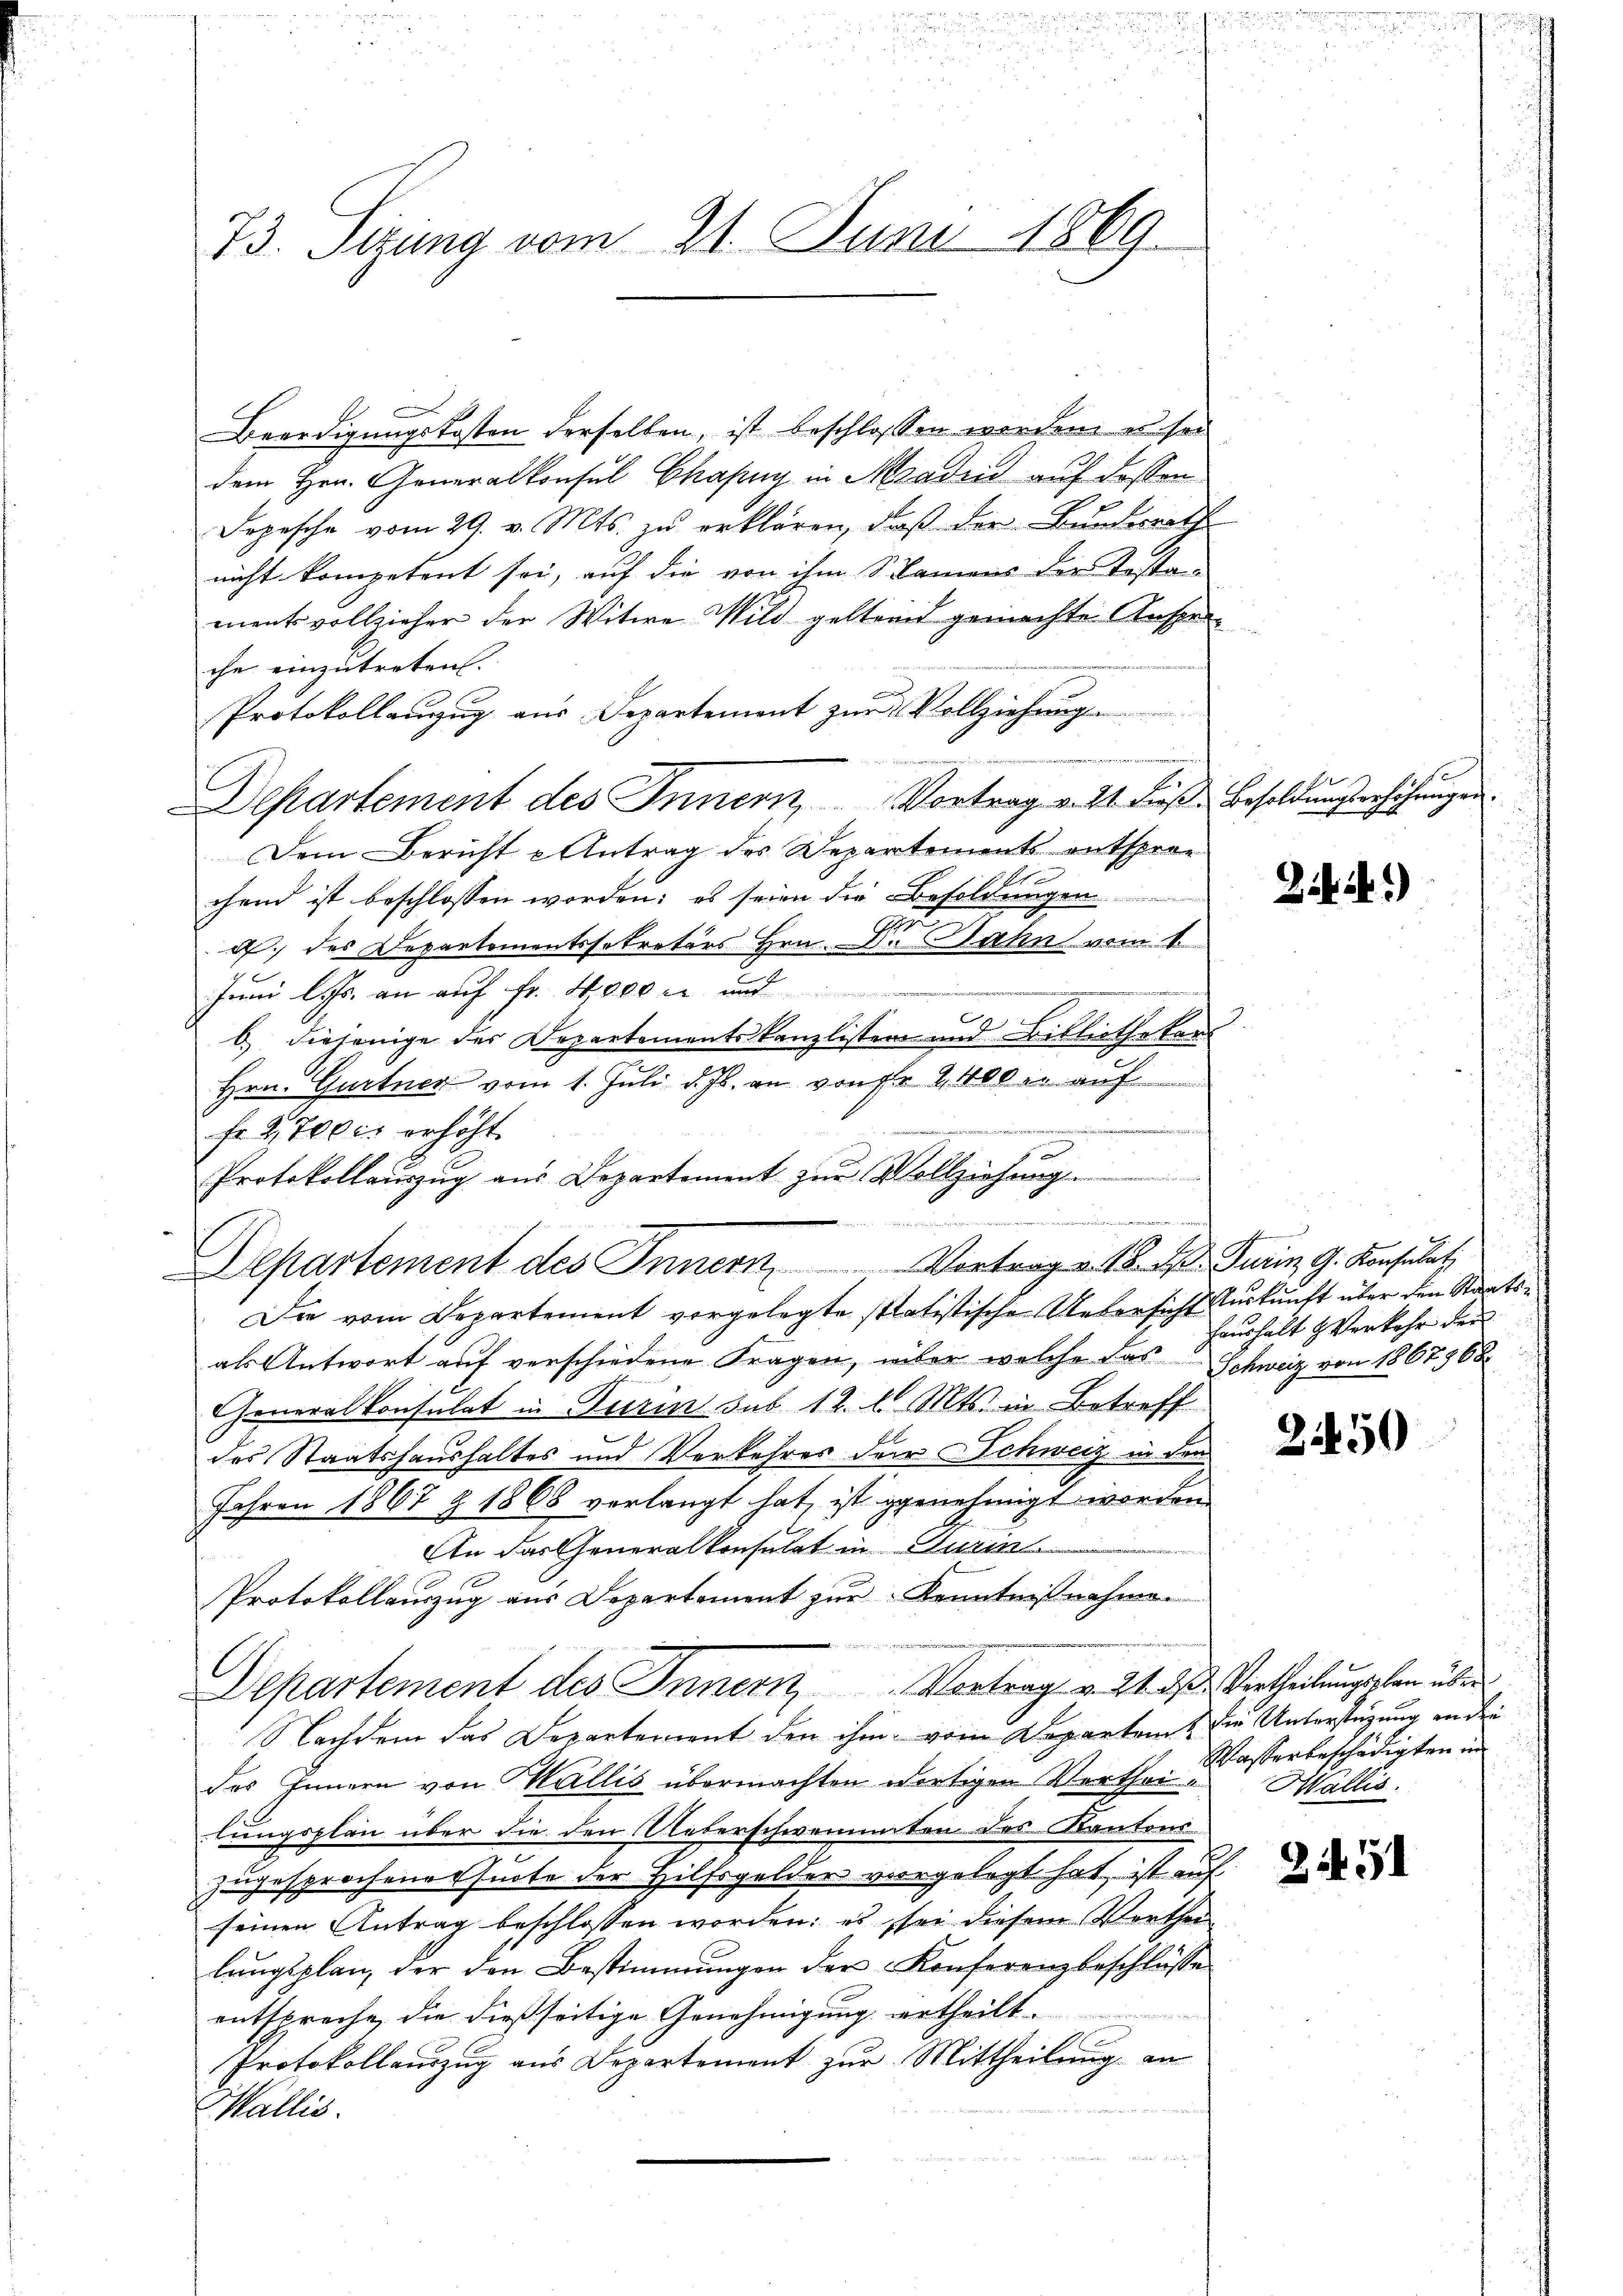
73. Sitzung vom 21. Juni 1869

Beerdigungskosten derselben ist beschlossen worden es sei
dem Hrn. Generalkonsul Chafing in Madrid auf dessen
Dopesche vom 29. v. Mts. zu erklären, daß der Bunderath
nicht kompetent sei, auf die von ihm Samens der Testan
mentsvollzieher der Witwe Wild geltend gemachte Ansperche einzutreten.
Protokollauszug aus Departement zur Vollziehung
E
Departement des Innern, Vortrag v. 21. daß Besoldungserhöhungen
Dem Bericht u Antrag des Departements entsprochend ist beschlossen worden; es seien die Besoldungen
c. des Departementssekretärs Hrn. Dr Bahn vom 1.
Juni l. Js. an auf Fr. 4000 M und
b.) diejenige der Departementskanzlisten und Bibliothekars
Hrn. Gurtner vom 1. Juli d. Js. an von fr 2400 er auf
fr 2,700 erhöht.
als Antwort auf verschiedene Fragen, über welche das Schweiz von 1867968
Generalkonsulat in Turin, sub 12. l. Mts. in Betreff
des Staatshaushaltes und Verkehres der Schweiz in den
Jahren 1867 & 1868 verlangt hat, ist genehmigt worden
An das Generalkonsulat in Turin
Protokollauszug aus Departement zur Kenntnißnahme.

Departement des Innern, Vortrag v. 21. des Vertheilungschen über
Nachdem das Departement den ihm vom Departen & die Unterstüzung an die
des Innern von Wallis übermachten dortigen Verthei- Wallis.
lungsplan über die den Ueberschwemunten des Randens
zugesprochene Quote der Hilfsgelder vorgelegt hat, ist auf
seinen Antrag beschlossen worden; es sei diesem Verthei
lungsplan der den Bestimmungen der Konferenzbeschlüsse
entspreche, die dießseitige Genehmigung ertheilt.
Protokollauszug aus Departement zur Mittheilung an
Wallis.

¬
Protokollauszug aus Departement zŭr Vollziehung
1
iiert werde
Departement des Innern Vortrag v. M. D. Turin G. Konsulat
Die vom Departement vorgelegte statistische Uebersicht Auskunft über den Staats¬

Zibik.)

Haushalt & Verkehr der

2450

Wasserbeschädigten in

Zif. 51